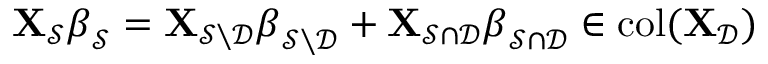
\mathbf { X } _ { \mathcal { S } } { \boldsymbol \beta } _ { \mathcal { S } } = \mathbf { X } _ { \mathcal { S } \setminus \mathcal { D } } { \boldsymbol \beta } _ { \mathcal { S } \setminus \mathcal { D } } + \mathbf { X } _ { \mathcal { S } \cap \mathcal { D } } { \boldsymbol \beta } _ { \mathcal { S } \cap \mathcal { D } } \in \mathrm { c o l } ( \mathbf { X } _ { \mathcal { D } } )